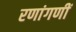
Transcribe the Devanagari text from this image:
रणांगणीं